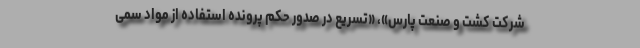
شرکت کشت و صنعت پارس»، «تسریع در صدور حکم پرونده استفاده از مواد سمی